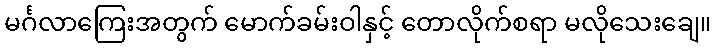
မင်္ဂလာကြေးအတွက် မောက်ခမ်းဝါနှင့် တောလိုက်စရာ မလိုသေးချေ။